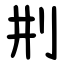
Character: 㓝